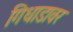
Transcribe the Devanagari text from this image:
गिधाडावर